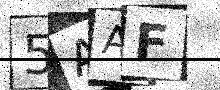
Text: 5AAF